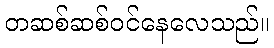
တဆစ်ဆစ်ဝင်နေလေသည်။